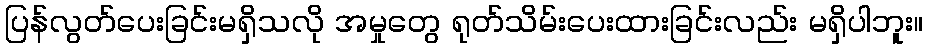
ပြန်လွတ်ပေးခြင်းမရှိသလို အမှုတွေ ရုတ်သိမ်းပေးထားခြင်းလည်း မရှိပါဘူး။